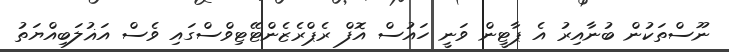
ނޫސްތަކުން ބުނާއިރު އެ ޕާޓީން ވަނީ ހައުސް އޮފް ރެޕްރެޒެންޓޭޓިވްސްގައި ވެސް އަޣުލަބިއްޔަތު